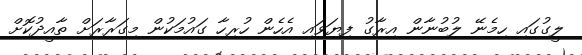
ލީގުގައި ހިމެނޭ ލުބުނާން އިރާގު ފިޔަވައި އެހެން ހުރިހާ ގައުމަކުން މިގަރާރަށް ތާއީދުކޮށް